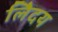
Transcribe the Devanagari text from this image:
लेिदय